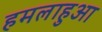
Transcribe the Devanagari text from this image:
हमलाहुआ